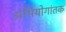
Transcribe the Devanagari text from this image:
अभियोगांतक